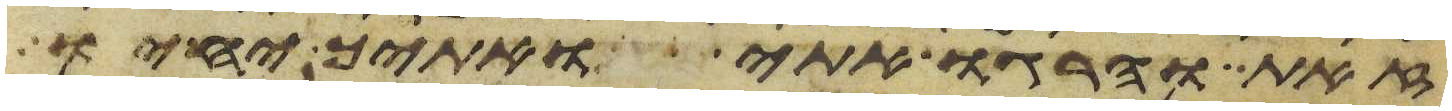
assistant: זאת והרגו אתי ואתיך יחיו